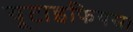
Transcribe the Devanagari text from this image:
यूटाइफियस।